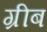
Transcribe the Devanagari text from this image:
ग्रीब